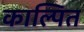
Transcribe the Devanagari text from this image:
काल्पित